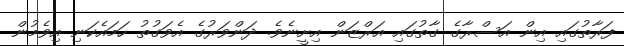
ފަރާތުގައި އިން އަސްރާގެ ގާތުގައި އަރްޒަން އިށީނެވެ. ދަންވަރުގެ އެވަގުތު ހަމައެކަނި އިވެމުން